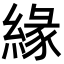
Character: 緣